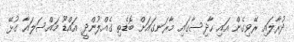
ދުރާލައި ރޭވިގެން އައި ހާދިސާގައި މާރަނގައަށް ބޮޑެތި ގެއްލުންދީ އައްޑޫ މައްސަލައާ ގުޅޭ